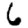
Digit: 6